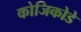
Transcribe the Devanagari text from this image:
कोजिकोडे